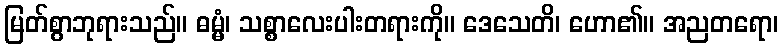
မြတ်စွာဘုရားသည်။ ဓမ္မံ၊ သစ္စာလေးပါးတရားကို။ ဒေသေတိ၊ ဟော၏။ အညတရော၊